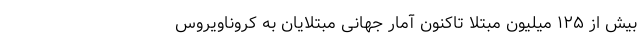
بیش از ۱۲۵ میلیون مبتلا تاکنون آمار جهانیِ مبتلایان به کروناویروس